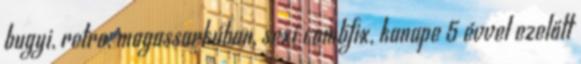
bugyi, retro, magassarkúban, sexi combfix, kanape 5 évvel ezelőtt